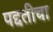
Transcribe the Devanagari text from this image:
पद्दतीचा